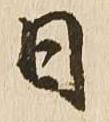
日